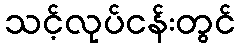
သင့်လုပ်ငန်းတွင်